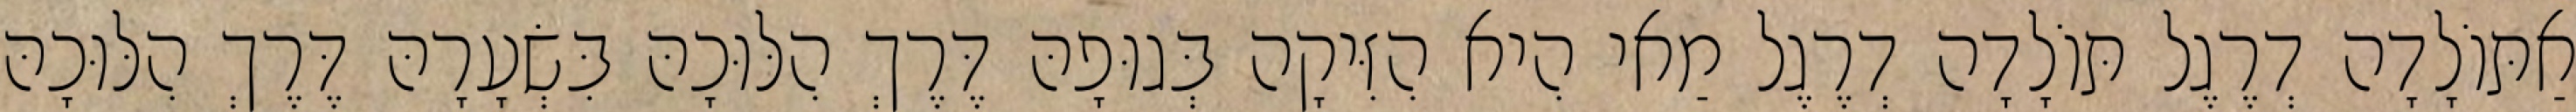
אַתּוֹלָדָה דְרֶגֶל תּוֹלָדָה דְרֶגֶל מַאי הִיא הִזִּיקָה בְּגוּפָהּ דֶּרֶךְ הִלּוּכָהּ בִּשְׂעָרָהּ דֶּרֶךְ הִלּוּכָהּ